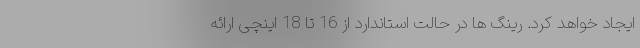
ایجاد خواهد کرد. رینگ ها در حالت استاندارد از 16 تا 18 اینچی ارائه